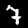
Label: 7